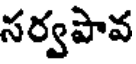
సర్వపావ